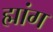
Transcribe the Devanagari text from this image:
ह्मांग